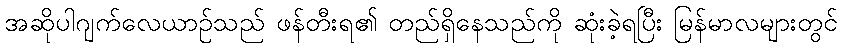
အဆိုပါဂျက်လေယာဉ်သည် ဖန်တီးရ၏ တည်ရှိနေသည်ကို ဆုံးခဲ့ရပြီး မြန်မာလများတွင်